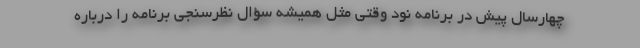
چهارسال پیش در برنامه نود وقتی مثل همیشه سؤال نظرسنجی برنامه را درباره